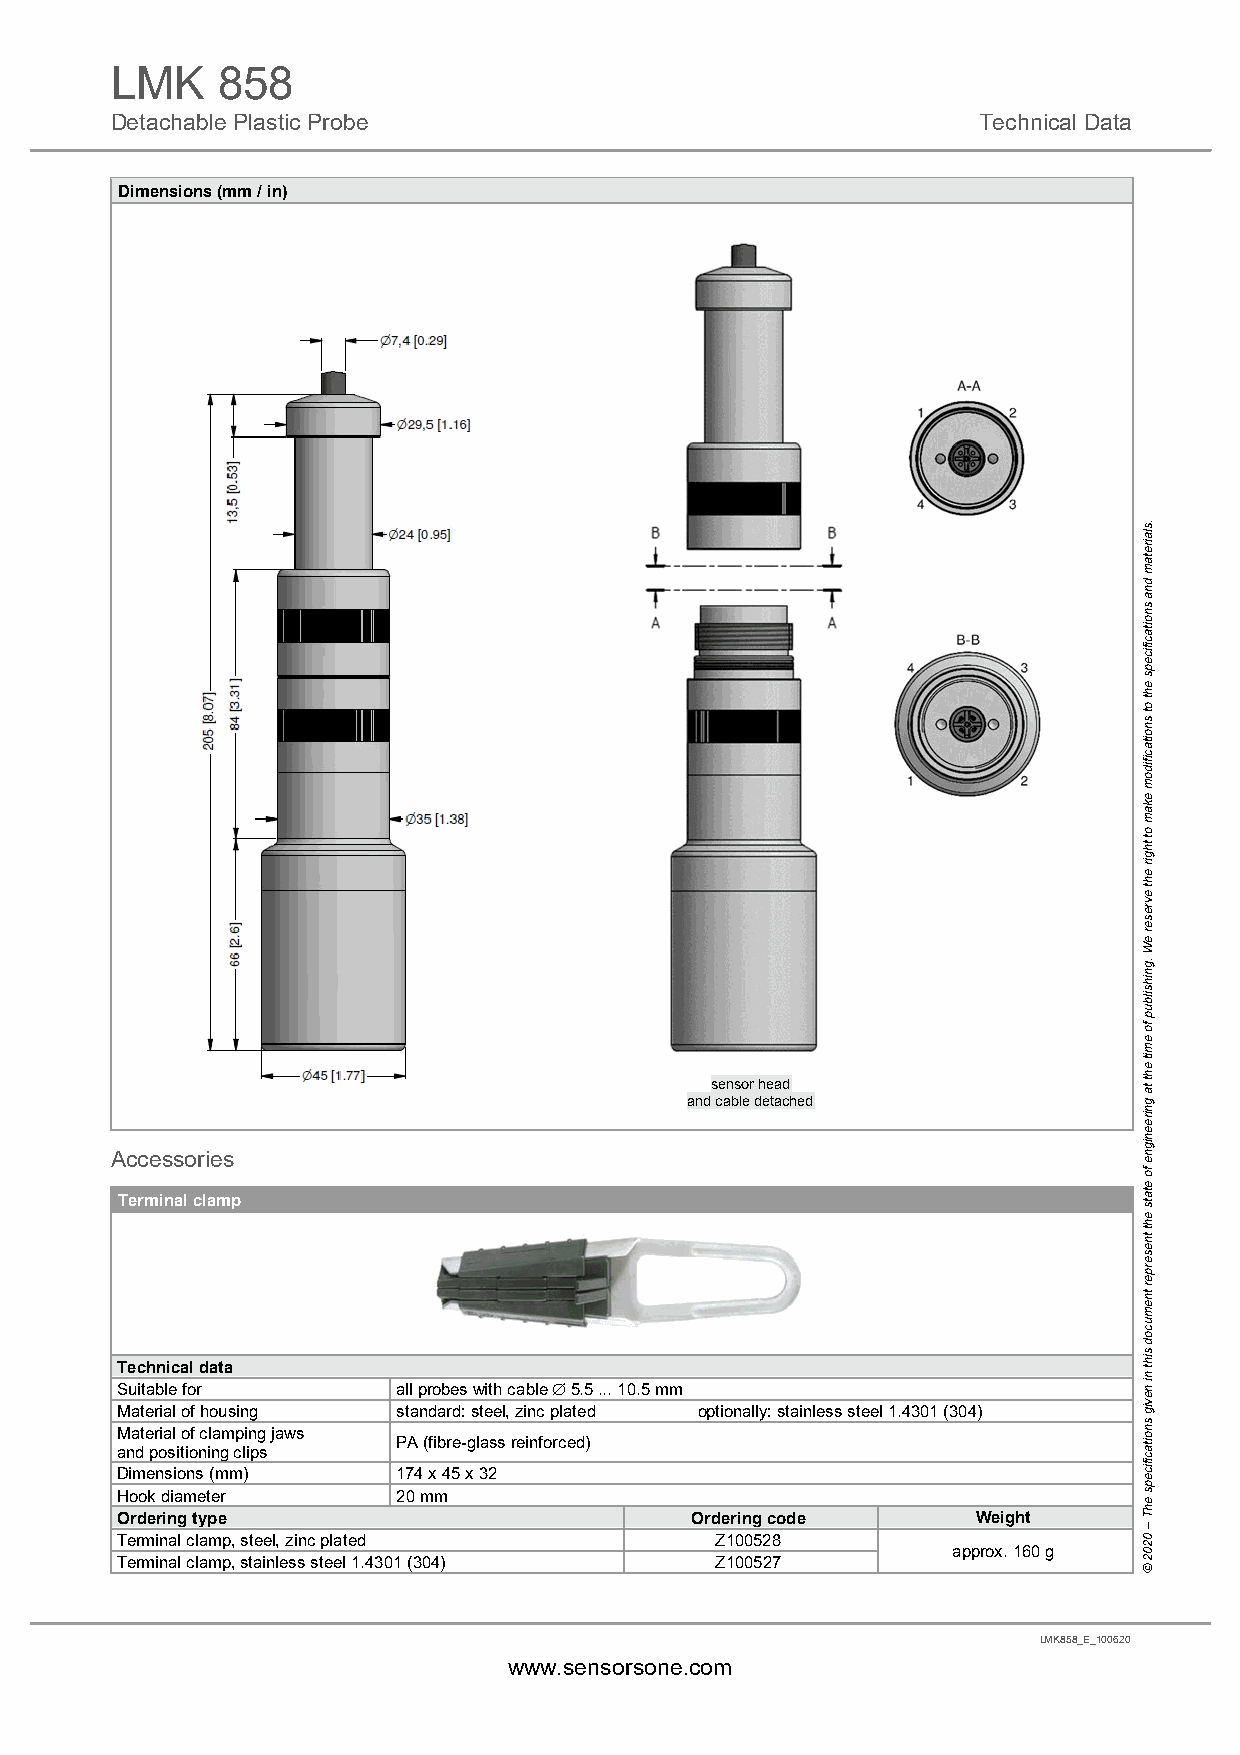
LMK    858
 Detachable Plastic Probe                                  Technical Data
 Dimensions (mm / in)
 sensor head
 and cable detached
 Accessories
 Terminal clamp
 Technical data
 Suitable for      all probes with cable  5.5 ... 10.5 mm
 Material of housing standard: steel, zinc plated optionally: stainless steel 1.4301 (304)
 Material of clamping jaws
 PA (fibre-glass reinforced)
 and positioning clips
 Dimensions (mm)   174 x 45 x 32
 Hook diameter     20 mm
 Ordering type                         Ordering code      Weight
 Terminal clamp, steel, zinc plated     Z100528
 approx. 160 g
 Terminal clamp, stainless steel 1.4301 (304) Z100527
 LMK858_E_100620
 www.sensorsone.com
 .slairetam
 dna
 snoitacificeps
 eht
 ot
 snoitacifidom
 ekam
 ot
 thgir
 eht
 evreser
 eW
 .gnihsilbup
 fo
 emit
 eht
 ta
 gnireenigne
 fo
 etats
 eht
 tneserper
 tnemucod
 siht
 ni
 nevig
 snoitacificeps
 ehT
 –
 0202
 ©